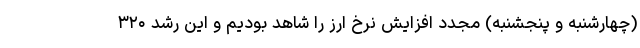
(چهارشنبه و پنجشنبه) مجدد افزایش نرخ ارز را شاهد بودیم و این رشد ۳۲۰